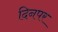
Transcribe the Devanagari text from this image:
दिनपर